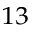
^ { 1 3 }